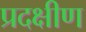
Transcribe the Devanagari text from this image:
प्रदक्षीण